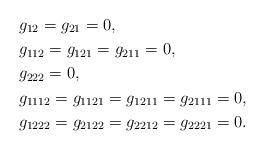
LaTeX: \begin{align*} &g_{12}=g_{21}=0, \\ &g_{1 1 2}=g_{1 2 1}=g_{2 1 1}=0, \\ &g_{2 2 2}=0, \\ &g_{1112}=g_{1121}=g_{1211}=g_{2111}=0, \\ &g_{1222}=g_{2122}=g_{2212}=g_{2221}=0. \end{align*}